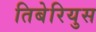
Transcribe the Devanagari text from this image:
तिबेरियुस